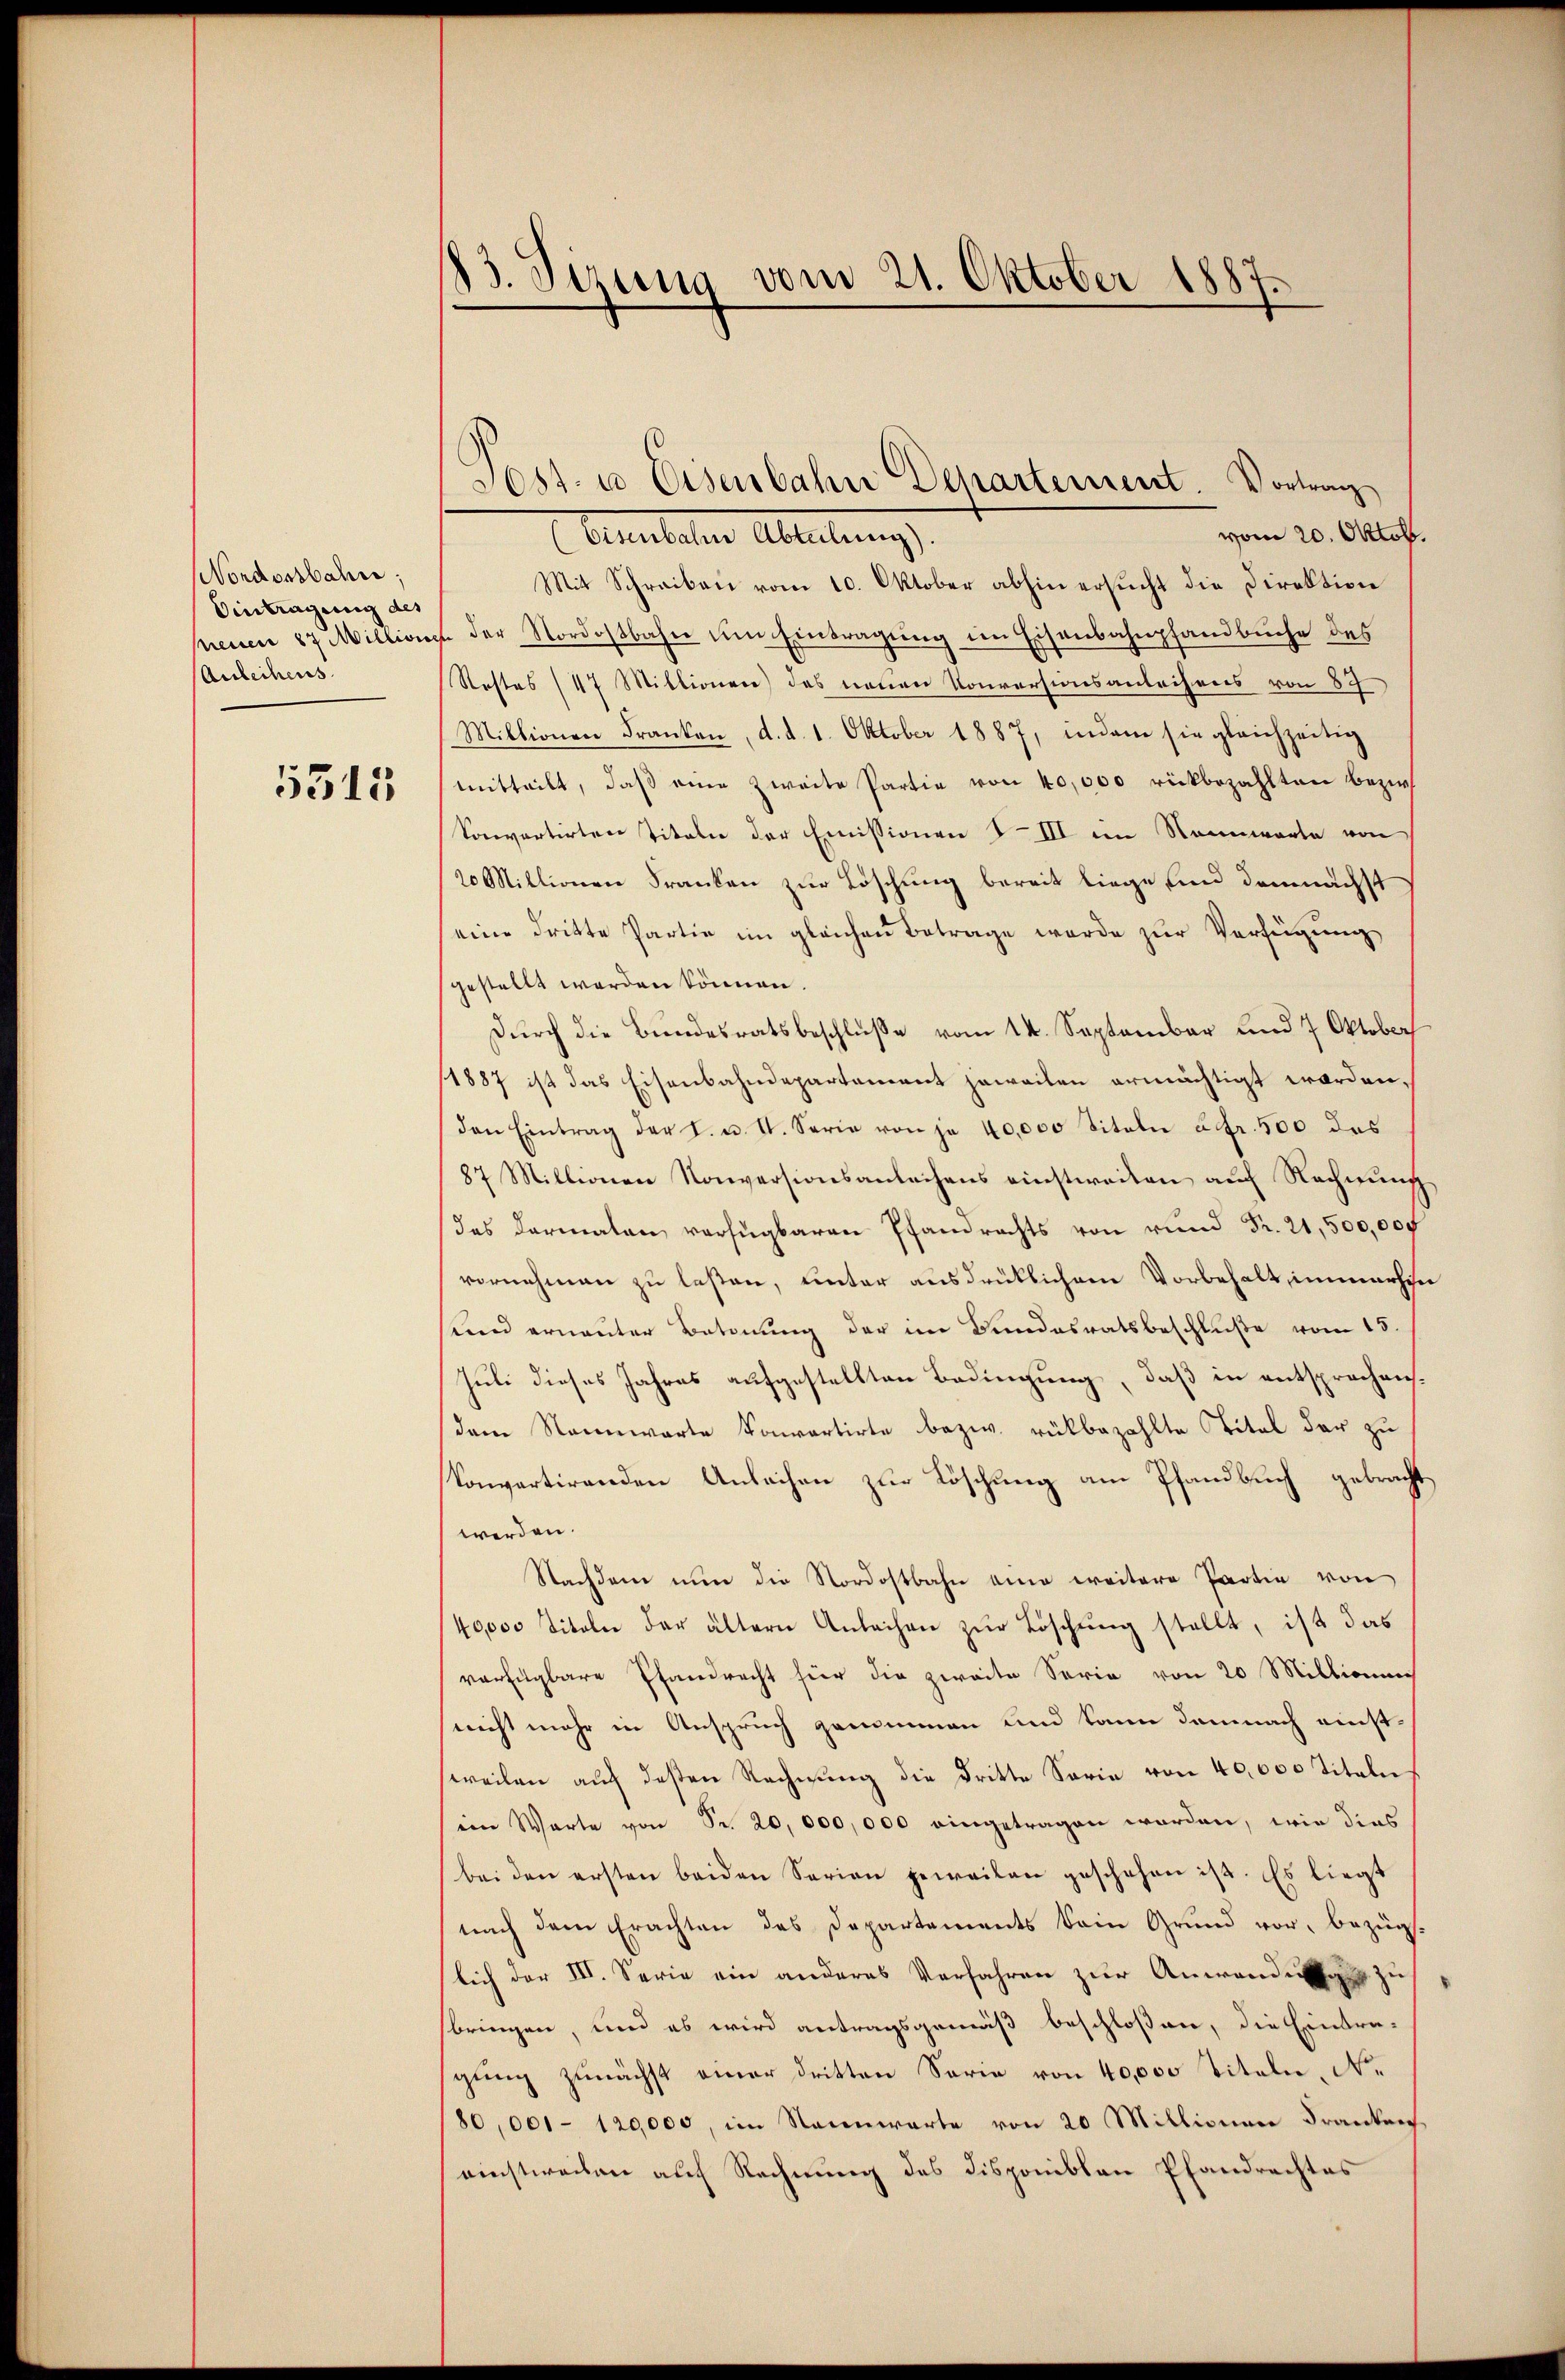
Nondonsbahn;
Eintragung des
Anleihens

5515

13. Sizung vom 21. Oktober 1887.

Post- u Eisenbahn Departement. Vortrag

vom 20. Oktob.
Arlesen Abteilung,
Mit Schreiben vom 10. Oktober abhin ersucht die Direktion
neuen 87 Millionen der Nordostbahn um Eintragung im Eisenbahnpfandbuche des
Restes (47 Millionen) des neuen Konversionsanleihens von 87
Millionen Franken, d. d. 1. Oktober 1887, indem sie gleichzeitig
mitteilt, daß eine zweite Partie von 40,000 rückbezahlten Bezir
Sonvartirten Titeln der Emissionen III im Nennwarte von
20 Millionen Franken zur Löschung bereit liege und demnächst
eine dritte Partie im gleichen Betrage werde zur Verfügung,
gestellt werden können.
Durch die Bundesratsbeschluße vom 14. September und 7 Oktoberh
/1887 ist das Eisenbahndepartement jeweilen ermächtigt worden,
den Eintrag der I. u. I. Serie von je 40,000 Titeln u. fr. 500 das
87 Millionen Konversionsanleihens einstweiten auf Rechnung
das darmalen verfügbaren Pfandrechts von rund Fr. 21,500,000
vornehmen zu lesen, unter ausdrüklichem Vorbehalt, immerhin
sund ernannter Betonung der im Bundesratsbeschluße vom 15.
Juli dieses Jahres aufgestellten Bedingung, daß in entsprochens¬
(dem Nennwarte Konpartirte bezw. rükbezahlte Titel der zu
Sonpartirenden Anleihen zur Löschung am Pfandbuch gebracht,
werden.
Nachdem nun die Nordostbahn eine weitere Partie von
40,000 Titeln der ältern Anleihen zur Löschung stellt, ist das
verfügbare Pfandrecht für die zweite Serie von 20 Millionen
sericht mehr in Anspruch genommen und kann demnach einstweilen auf deßen Rechnung die Dritte Serie von 40,000 Titeln
ein Warte von Fr. 20,000,000 eingetragen werden, wie dies
bei den ersten beiden Serien geweilen geschehen ist. Es liegt
nach dem Erachten des Departements kein Grund vor, bezüg-
lich der III. Serie ein anderes Verfahren zur Anwendung zu
bringen, und es wird antragsgemäß beschloßen, die Eintragung zunächst einer dritten Serie von 40,000 Titeln, Ne
180,001 - 129000, im Rannwarte von 20 Millionen Franken
einstweilen auf Rechnung des Disponiblen Pfandrechtes